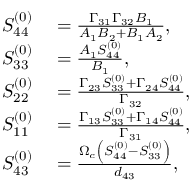
\begin{array} { r l } { S _ { 4 4 } ^ { ( 0 ) } } & { { } = \frac { \Gamma _ { 3 1 } \Gamma _ { 3 2 } B _ { 1 } } { A _ { 1 } B _ { 2 } + B _ { 1 } A _ { 2 } } , } \\ { S _ { 3 3 } ^ { ( 0 ) } } & { { } = \frac { A _ { 1 } S _ { 4 4 } ^ { ( 0 ) } } { B _ { 1 } } , } \\ { S _ { 2 2 } ^ { ( 0 ) } } & { { } = \frac { \Gamma _ { 2 3 } S _ { 3 3 } ^ { ( 0 ) } + \Gamma _ { 2 4 } S _ { 4 4 } ^ { ( 0 ) } } { \Gamma _ { 3 2 } } , } \\ { S _ { 1 1 } ^ { ( 0 ) } } & { { } = \frac { \Gamma _ { 1 3 } S _ { 3 3 } ^ { ( 0 ) } + \Gamma _ { 1 4 } S _ { 4 4 } ^ { ( 0 ) } } { \Gamma _ { 3 1 } } , } \\ { S _ { 4 3 } ^ { ( 0 ) } } & { { } = \frac { \Omega _ { c } \left( S _ { 4 4 } ^ { ( 0 ) } - S _ { 3 3 } ^ { ( 0 ) } \right) } { d _ { 4 3 } } , } \end{array}